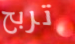
تربح